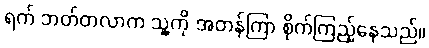
ရက် ဘတ်တလာက သူ့ကို အတန်ကြာ စိုက်ကြည့်နေသည်။